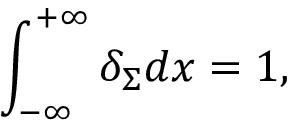
\int _ { - \infty } ^ { + \infty } { { \delta _ { \Sigma } } d x } = 1 ,